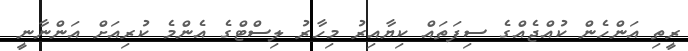
ރީތި އަންހެން ކުއްޖެއްގެ ސިފަތައް ކިޔާއިރު މިހާރު ލިސްޓްގެ އެންމެ ކުރިއަށް އަންނާނީ